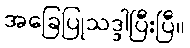
အခြေပြုသဒ္ဒါပြီးပြီ။